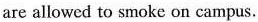
are allowed to smoke on campus.